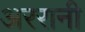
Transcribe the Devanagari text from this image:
अररानी